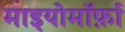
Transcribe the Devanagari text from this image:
माइयोमॉर्फ़ा